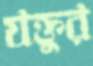
যক্তুর